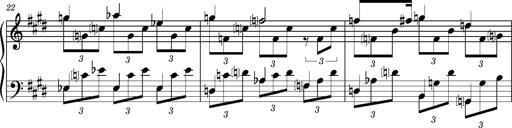
Title: PrÃ©ludes et Harmonies poÃ©tiques et religieuses
Composer: Franz Liszt